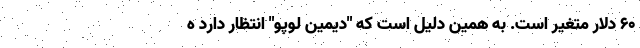
۶۰ دلار متغیر است. به همین دلیل است که "دیمین لوپو" انتظار دارد ه